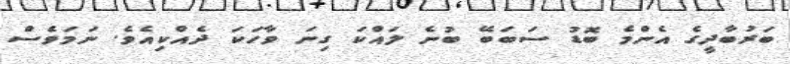
ބަރުބާދީގެ އެންމެ ބޮޑު ސަބަބޭ ބުނެ ލައްކަ ގިނަ ވާހަކަ ދެއްކިއެވެ. ނަމަވެސް